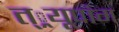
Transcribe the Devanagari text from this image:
त््रयूपांग